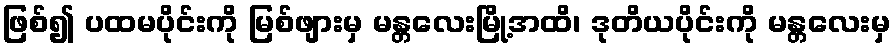
ဖြစ်၍ ပထမပိုင်းကို မြစ်ဖျားမှ မန္တလေးမြို့အထိ၊ ဒုတိယပိုင်းကို မန္တလေးမှ